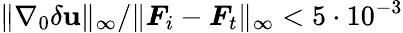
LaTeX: \lVert\nabla_{0}\delta\mathbf{u}\rVert_{\infty}/\lVert\boldsymbol{F}_{i}-\boldsymbol{F}_{t}\rVert_{\infty}<5\cdot 10^{-3}